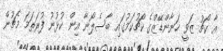
އާ ކޯޗު ޒަވީ ހަނާންޑޭޒްގެ ކޯޗުކަމުގައި ބާސެލޯނާ އިން ކުޅުނު ފުރަތަމަ މެޗުން